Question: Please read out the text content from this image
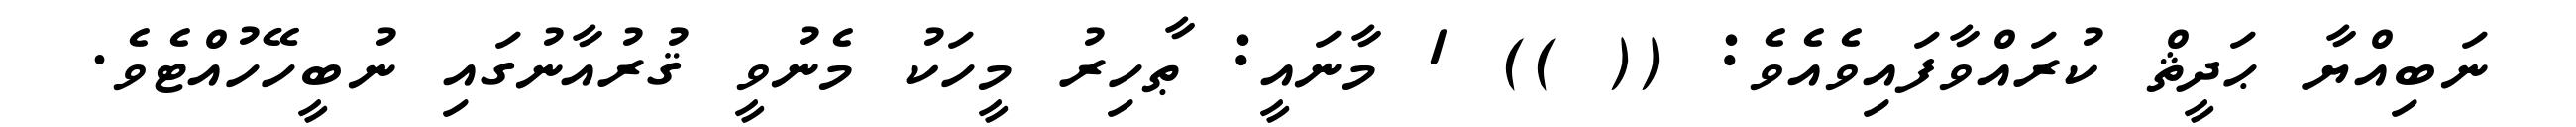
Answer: ނަބިއްޔާ ޙަދީޘް ކުރައްވާފައިވެއެވެ: (( )) 1 މާނައީ: ޠާހިރު މީހަކު މެނުވީ ޤުރުއާނުގައި ނުބީހޭހުއްޓެވެ.